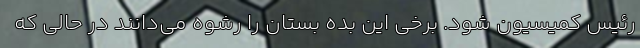
رئیس کمیسیون شود. برخی این بده بستان را رشوه می‌دانند در حالی که